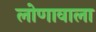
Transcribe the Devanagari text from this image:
लोणावाला